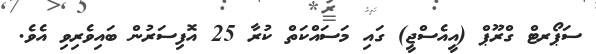
ސަޕޯރޓް ގްރޫޕް (އީއެސްޖީ) ގައި މަސައްކަތް ކުރާ 25 އޮފިސަރުން ބައިވެރިވި އެވެ.